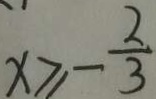
x \geq - \frac { 2 } { 3 }